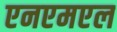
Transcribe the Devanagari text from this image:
एनएमएल